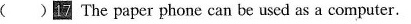
( )17 The paper phone can be used as a computer.